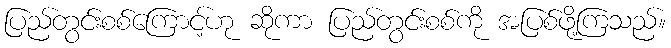
ပြည်တွင်းစစ်ကြောင့်ဟု ဆိုကာ ပြည်တွင်းစစ်ကို အပြစ်ဖို့ကြသည်။